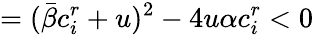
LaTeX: =(\bar{\beta}c_{i}^{r}+u)^{2}-4u\alpha c_{i}^{r}<0